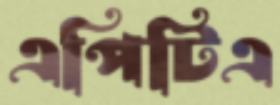
এপিটিএ